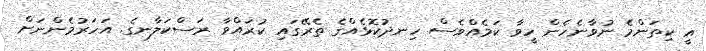
އީ ކިތަންމެ ނުވާނެހެން ހީވާ ކަމެއްވެސް ހިނދުކޮޅެއްގެ ތެރޭގައި ކުރައްވާ ރަސްކަލާނގެ. އަހަރުމެންނަށް